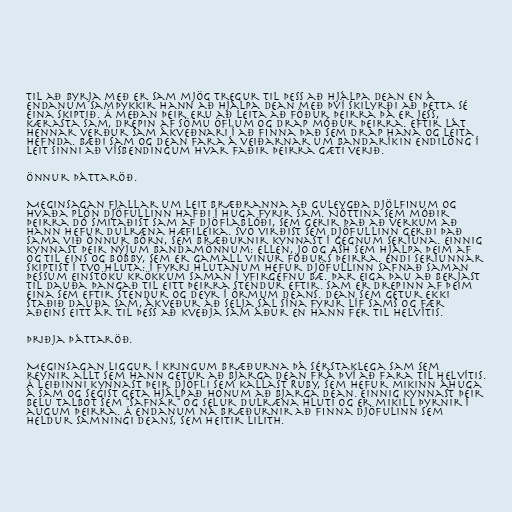
Til að byrja með er Sam mjög tregur til þess að hjálpa Dean en á
endanum samþykkir hann að hjálpa Dean með því skilyrði að þetta sé
eina skiptið. Á meðan þeir eru að leita að föður þeirra þá er Jess,
kærasta Sam, drepin af sömu öflum og drap móður þeirra. Eftir lát
hennar verður Sam ákveðnari í að finna það sem drap hana og leita
hefnda. Bæði Sam og Dean fara á veiðarnar um Bandaríkin endilöng í
leit sinni að vísbendingum hvar faðir þeirra gæti verið.

Önnur þáttaröð.

Meginsagan fjallar um leit bræðranna að Guleygða Djölfinum og
hvaða plön djöfullinn hafði í huga fyrir Sam. Nóttina sem móðir
þeirra dó smitaðist Sam af djöflablóði, sem gerir það að verkum að
hann hefur dulræna hæfileika. Svo virðist sem djöfullinn gerði það
sama við önnur börn, sem bræðurnir kynnast í gegnum seríuna. Einnig
kynnast þeir nýjum bandamönnum: Ellen, Jo og Ash sem hjálpa þeim af
og til eins og Bobby, sem er gamall vinur föðurs þeirra. Endi seríunnar
skiptist í tvo hluta: í fyrri hlutanum hefur djöfullinn safnað saman
þessum einstöku krökkum saman í yfirgefnu bæ. Þar eiga þau að berjast
til dauða þangað til eitt þeirra stendur eftir. Sam er drepinn af þeim
eina sem eftir stendur og deyr í örmum Deans. Dean sem getur ekki
staðið dauða Sam, ákveður að selja sál sína fyrir líf Sams og fær
aðeins eitt ár til þess að kveðja Sam áður en hann fer til helvítis.

Þriðja þáttaröð.

Meginsagan liggur í kringum bræðurna þá sérstaklega Sam sem
reynir allt sem hann getur að bjarga Dean frá því að fara til helvítis.
Á leiðinni kynnast þeir djöfli sem kallast Ruby, sem hefur mikinn áhuga
á Sam og segist geta hjálpað honum að bjarga Dean. Einnig kynnast þeir
Belu Talbot sem "safnar" og selur dulræna hluti og er mikill þyrnir í
augum þeirra. Á endanum ná bræðurnir að finna djöfulinn sem
heldur samningi Deans, sem heitir Lilith.